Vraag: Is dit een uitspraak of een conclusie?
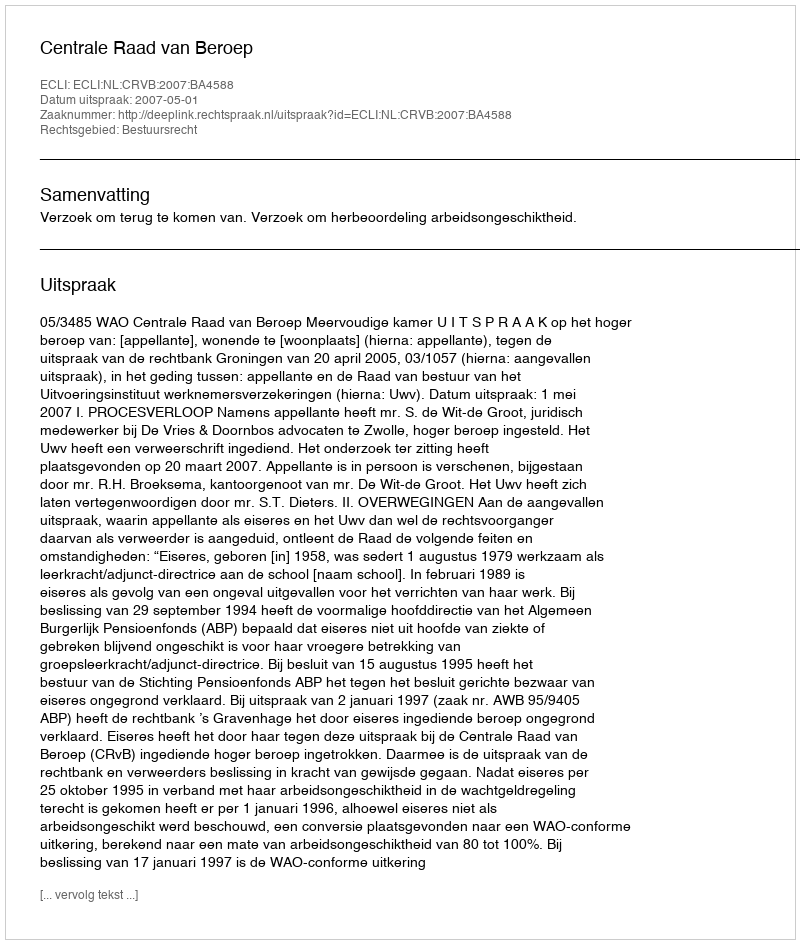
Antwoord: Uitspraak